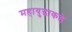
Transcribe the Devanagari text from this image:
महायुद्धाकडे